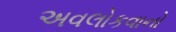
અવલોકવાનો